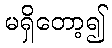
မရှိတော့၍